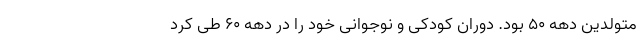
متولدین دهه ۵۰ بود. دوران کودکی و نوجوانی خود را در دهه ۶۰ طی کرد